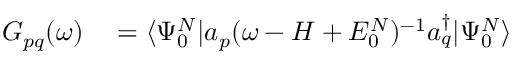
\begin{array} { r l } { G _ { p q } ( \omega ) } & { { } = \langle \Psi _ { 0 } ^ { N } | a _ { p } ( \omega - H + E _ { 0 } ^ { N } ) ^ { - 1 } a _ { q } ^ { \dagger } | \Psi _ { 0 } ^ { N } \rangle } \end{array}